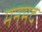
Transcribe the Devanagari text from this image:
मनमद